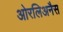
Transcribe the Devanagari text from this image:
ओरलिअनैस